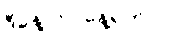
ဒီနေ့ ဘာနေ့ရက်လဲ။